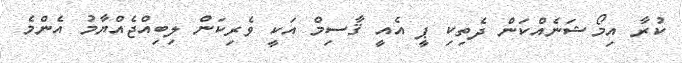
ކުރާ އިމޯޝަނެއްކަން ދެތިކި ޕީ އެއީ ޤާސިމް އަކީ ވެރިކަން ލިބިއްޖެއްޔާމު އެންމެ